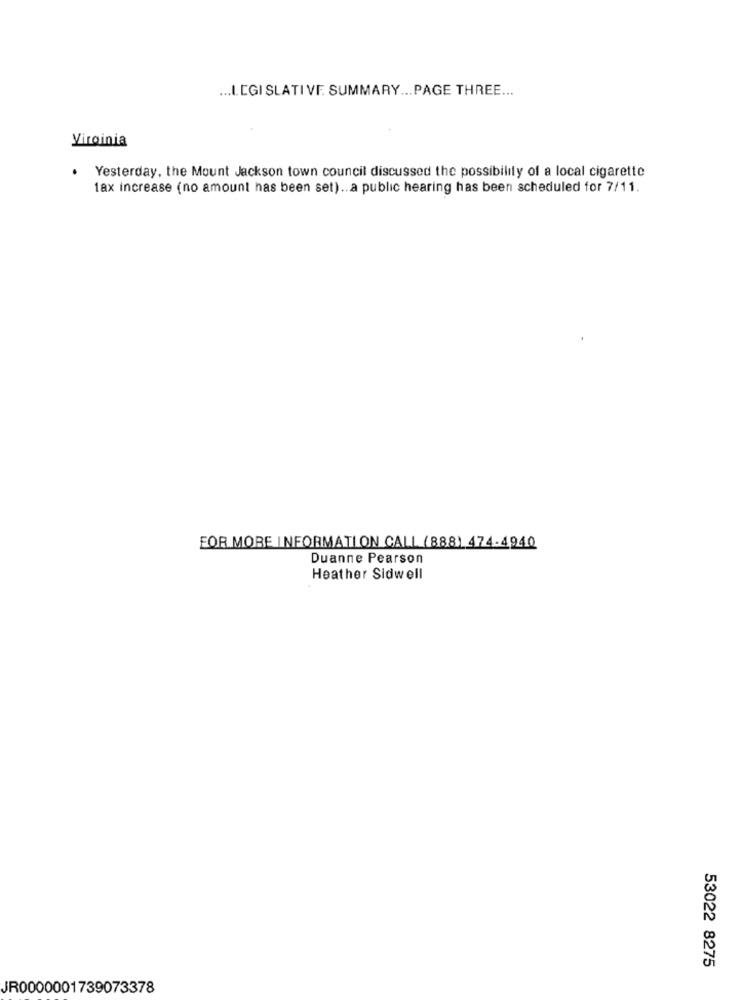
... I. CGI SLATIVE. SUMMARY ... PAGE THREE ...
Virginia
.
Yesterday, the Mount Jackson town council discussed the possibility of a local cigarette
1ax increase (no amount has been set) .. a public hearing has been scheduled for 7/11.
FOR MORE INFORMATION CALL (888) 474-4940
Duanne Pearson
Heather Sidwell
53022 8275
JR0000001739073378